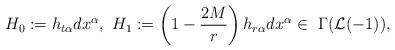
LaTeX: \begin{align*}H_0:=h_{t\alpha}dx^\alpha,\ H_1:=\left(1-\frac{2M}{r}\right)h_{r\alpha}dx^\alpha\in\ \Gamma(\mathcal{L}(-1)),\end{align*}